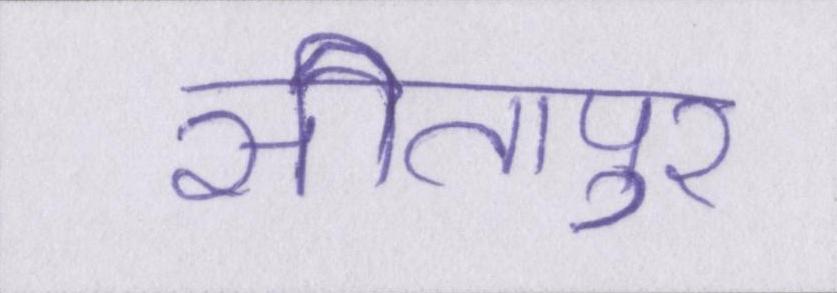
सीतापुर